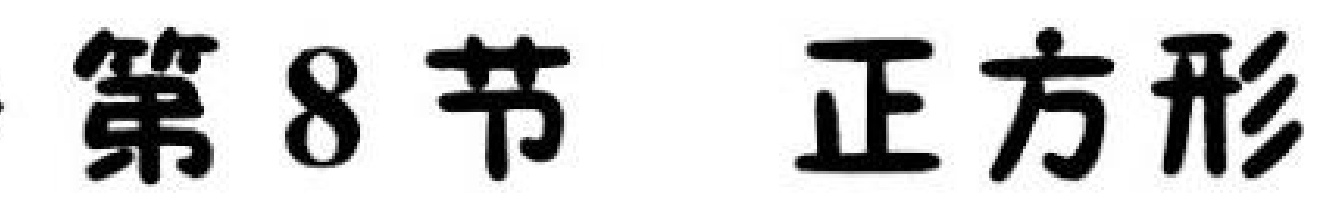
第8节 正方形